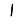
Digit: 1